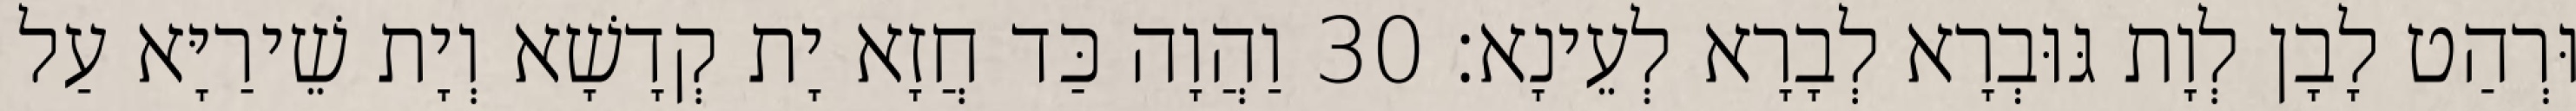
וּרְהַט לָבָן לְוָת גּוּבְרָא לְבָרָא לְעֵינָא׃ 30 וַהֲוָה כַּד חֲזָא יָת קְדָשָׁא וְיָת שֵׁירַיָּא עַל